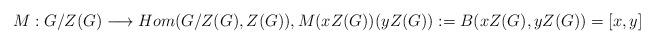
LaTeX: \begin{align*}M: G/Z(G)\longrightarrow Hom(G/Z(G),Z(G)), M(xZ(G))(yZ(G)):=B(xZ(G), yZ(G)) = [x,y]\end{align*}